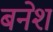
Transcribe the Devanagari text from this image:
बनेश